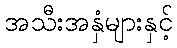
အသီးအနှံများနှင့်